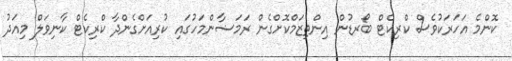
ކޮންމެ އަހަރަކުވެސް ކްރިކެޓް ބޯރޑުން އިންތިޒަމްކޮށްގެން ރަމަޟާންމަހުގައި ކުރިއަށްގެންދާ ކްރިކެޓް ކާނިވަލް މިއަދު